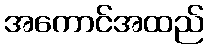
အကောင်အထည်